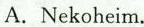
A. Nekoheim.